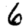
Digit: 6